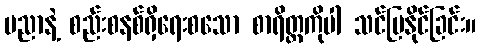
ပညာနဲ့ စည်းစနစ်ရှိရေးစသော စာရိတ္တကိုပါ သင်ပြနိုင်ခြင်း။